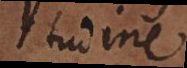
tudine